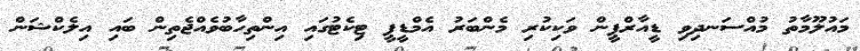
މައުލޫމާތު މުއްސަނދިވި ޑީއާރްޕީން ވަކިކުރި މެންބަރު އެމްޑީޕީ ޓިކެޓުގައި އިންތިހާބުވެއްޖެތިން ބައި އިލެކްޝަން